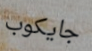
جايكوب